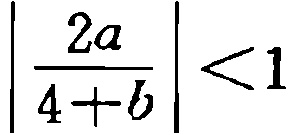
$\left|\frac{2a}{4 + b}\right| < 1$